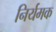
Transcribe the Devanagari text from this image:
निर्यमक